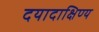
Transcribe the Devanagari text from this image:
दयादाक्षिण्य